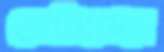
মেটানোয়